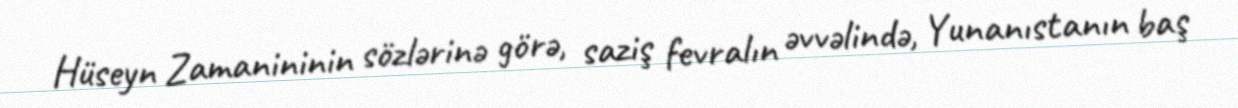
Hüseyn Zamanininin sözlərinə görə, saziş fevralın əvvəlində, Yunanıstanın baş